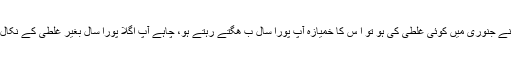
آپ نے جنوری میں کوئی غلطی کی ہو تو ا س کا خمیازہ آپ پورا سال ب ھگتے رہتے ہو، چاہے آپ اگلا پورا سال بغیر غلطی کے نکال دو۔